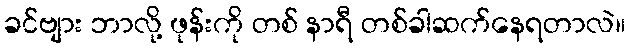
ခင်ဗျား ဘာလို့ ဖုန်းကို တစ် နာရီ တစ်ခါဆက်နေရတာလဲ။